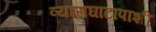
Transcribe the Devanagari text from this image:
व्यासघाटापाशी